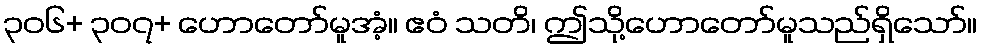
၃၀၆+ ၃၀၇+ ဟောတော်မူအံ့။ ဧဝံ သတိ၊ ဤသို့ဟောတော်မူသည်ရှိသော်။